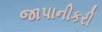
જાપાનીકરી